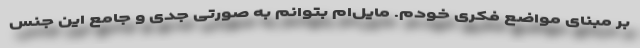
بر مبنای مواضع فکری خودم. مایل‌ام بتوانم به صورتی جدی و جامع این جنس